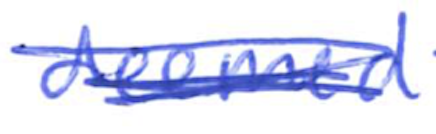
Text: deemed
Cross-out: scratch
Writing tool: ballpoint